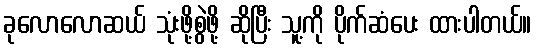
ခုလောလောဆယ် သုံးဖို့စွဲဖို့ ဆိုပြီး သူ့ကို ပိုက်ဆံပေး ထားပါတယ်။